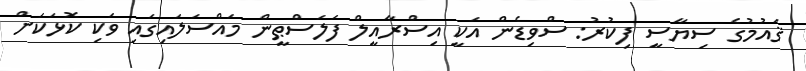
ޤައުމުގެ ސިޔާސީ ފިކުރު: ސްވިޑެން އަކީ އިސްރާއީލް ފަލަސްޠީން މައްސަލައިގައި ވަކި ކޮޅަކަށް